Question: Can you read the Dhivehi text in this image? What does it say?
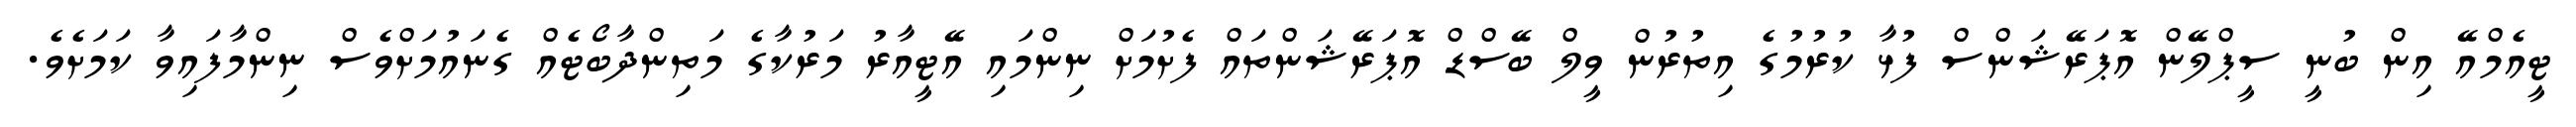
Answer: ޓީއެމްއޭ އިން ބުނީ ސީޕްލޭން އޮޕަރޭޝަންސް ފުޅާ ކުރުމުގެ އިތުރުން ވީލް ބޭސްޑް އޮޕަރޭޝަންތައް ފެށުމަށް ނިންމައި އޭޓީއާރު މަރުކާގެ މަތިންދާބޯޓެއް ގެނައުމަށްވެސް ނިންމާފައިވާ ކަމަށެވެ.